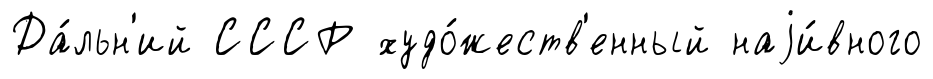
Да́льн'ий СССР худо́жеств'енный наjи́вного